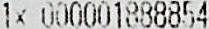
1X 000001888854